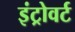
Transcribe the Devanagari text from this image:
इंट्रोवर्ट